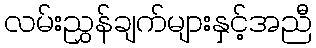
လမ်းညွှန်ချက်များနှင့်အညီ